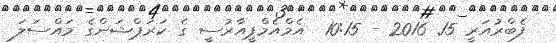
ފެބްރުއަރީ 15